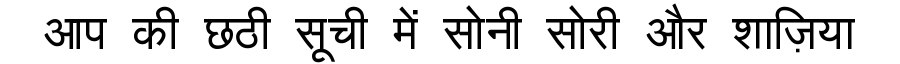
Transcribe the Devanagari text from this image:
आप की छठी सूची में सोनी सोरी और शाज़िया